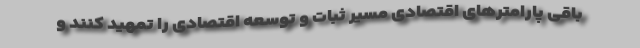
باقی پارامترهای اقتصادی مسیر ثبات و توسعه اقتصادی را تمهید کنند و